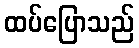
ထပ်ပြောသည်